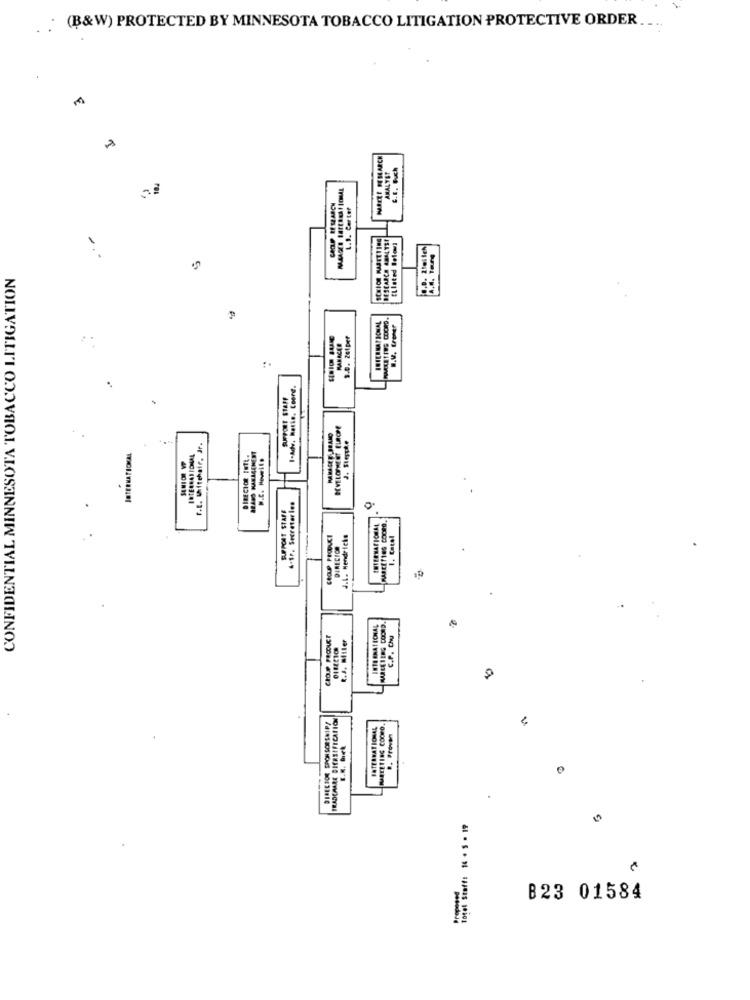
.: (B&W) PROTECTED BY MINNESOTA TOBACCO LITIGATION PROTECTIVE ORDER
MABELE FESEARCH
c.E. Buch
ANALYST
COLP RESEARCH
L.1. Carter
DESCARCE ANALYST
CONFIDENTIAL MINNESOTA TOBACCO LITIGATION
B.V. trener
$.0. 201per
1-Adv. Rothe, Coord.
SUPPORT STAFF
DEVELOPMENT EUROPE
J. Flerphe
F.E. Whitehair, Jr.
INTERNATIONAL
SENIOR VP
INTERNATIONAL
4-fr. Secretaries
SUPPORT STAFF
Mattfies cooen
J.L. Hendricks
1. Cetel
DIRECTOR
INTERNATIONAL
MACEI ENG COORD.
CIOP FICOUET
C.P. Chy
R.J. Miler
0
TRADCAARE DIERSIFICATION
DIRECTOR SPONSORSHIP!
METETING COORD
., Proven
Totel Staff: 16 . 5 . 19
Proposed
B23 01584